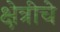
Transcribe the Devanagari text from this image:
क्षेत्रीचे